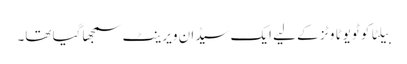
بیلٹا کو ٹویوٹا وٹز کے لیے ایک سیڈان ویرینٹ سمجھا گیا تھا۔